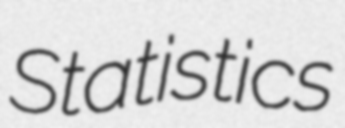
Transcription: Statistics